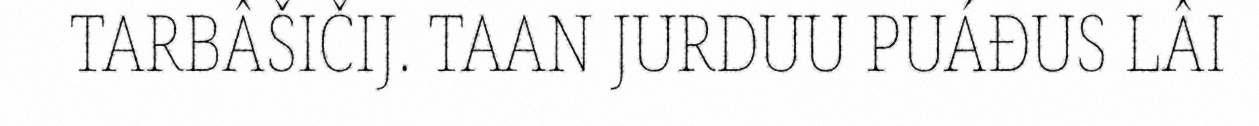
TARBÂŠIČIJ. TAAN JURDUU PUÁĐUS LÂI